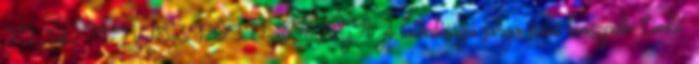
FLUO TENISZPÓLÓ, SÁRGA: jó láthatóságú sárga színű teniszpóló Címke: